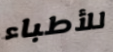
للأطباء